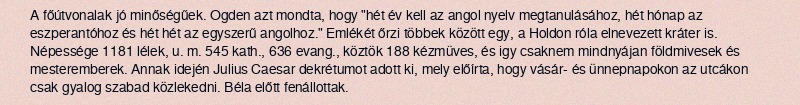
A főútvonalak jó minőségűek. Ogden azt mondta, hogy "hét év kell az angol nyelv megtanulásához, hét hónap az eszperantóhoz és hét hét az egyszerű angolhoz." Emlékét őrzi többek között egy, a Holdon róla elnevezett kráter is. Népessége 1181 lélek, u. m. 545 kath., 636 evang., köztök 188 kézmüves, és igy csaknem mindnyájan földmivesek és mesteremberek. Annak idején Julius Caesar dekrétumot adott ki, mely előírta, hogy vásár- és ünnepnapokon az utcákon csak gyalog szabad közlekedni. Béla előtt fenállottak.